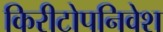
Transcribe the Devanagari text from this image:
किरीटोपनिवेश